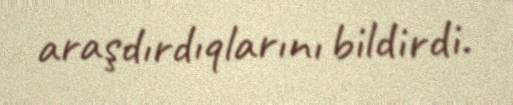
araşdırdıqlarını bildirdi.